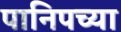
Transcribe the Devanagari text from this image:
पानिपच्या